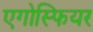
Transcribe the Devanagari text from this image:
एगोस्फियर